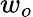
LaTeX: w_{o}